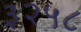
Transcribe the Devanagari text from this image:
३२५८